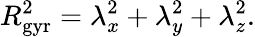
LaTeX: R_{\mathrm{gyr}}^{2}=\lambda_{x}^{2}+\lambda_{y}^{2}+\lambda_{z}^{2}.